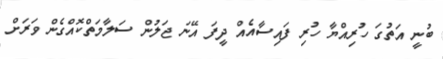
ބުނީ އަތުގަ ހުރިއްޔާ ހުރި ފައިސާއެއް ދީފަ އޭނަ ޖަލުން ސަލާމަތްކޮއްގެން ވަރަށް